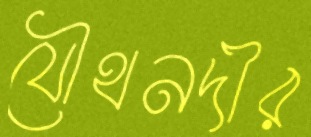
যৌথনদীর